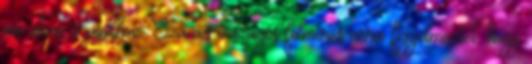
az utcai árusokhoz. Számos országos felmérés arra figyelmeztet, hogy